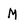
Character: M